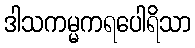
ဒါသကမ္မကရပေါရိသာ